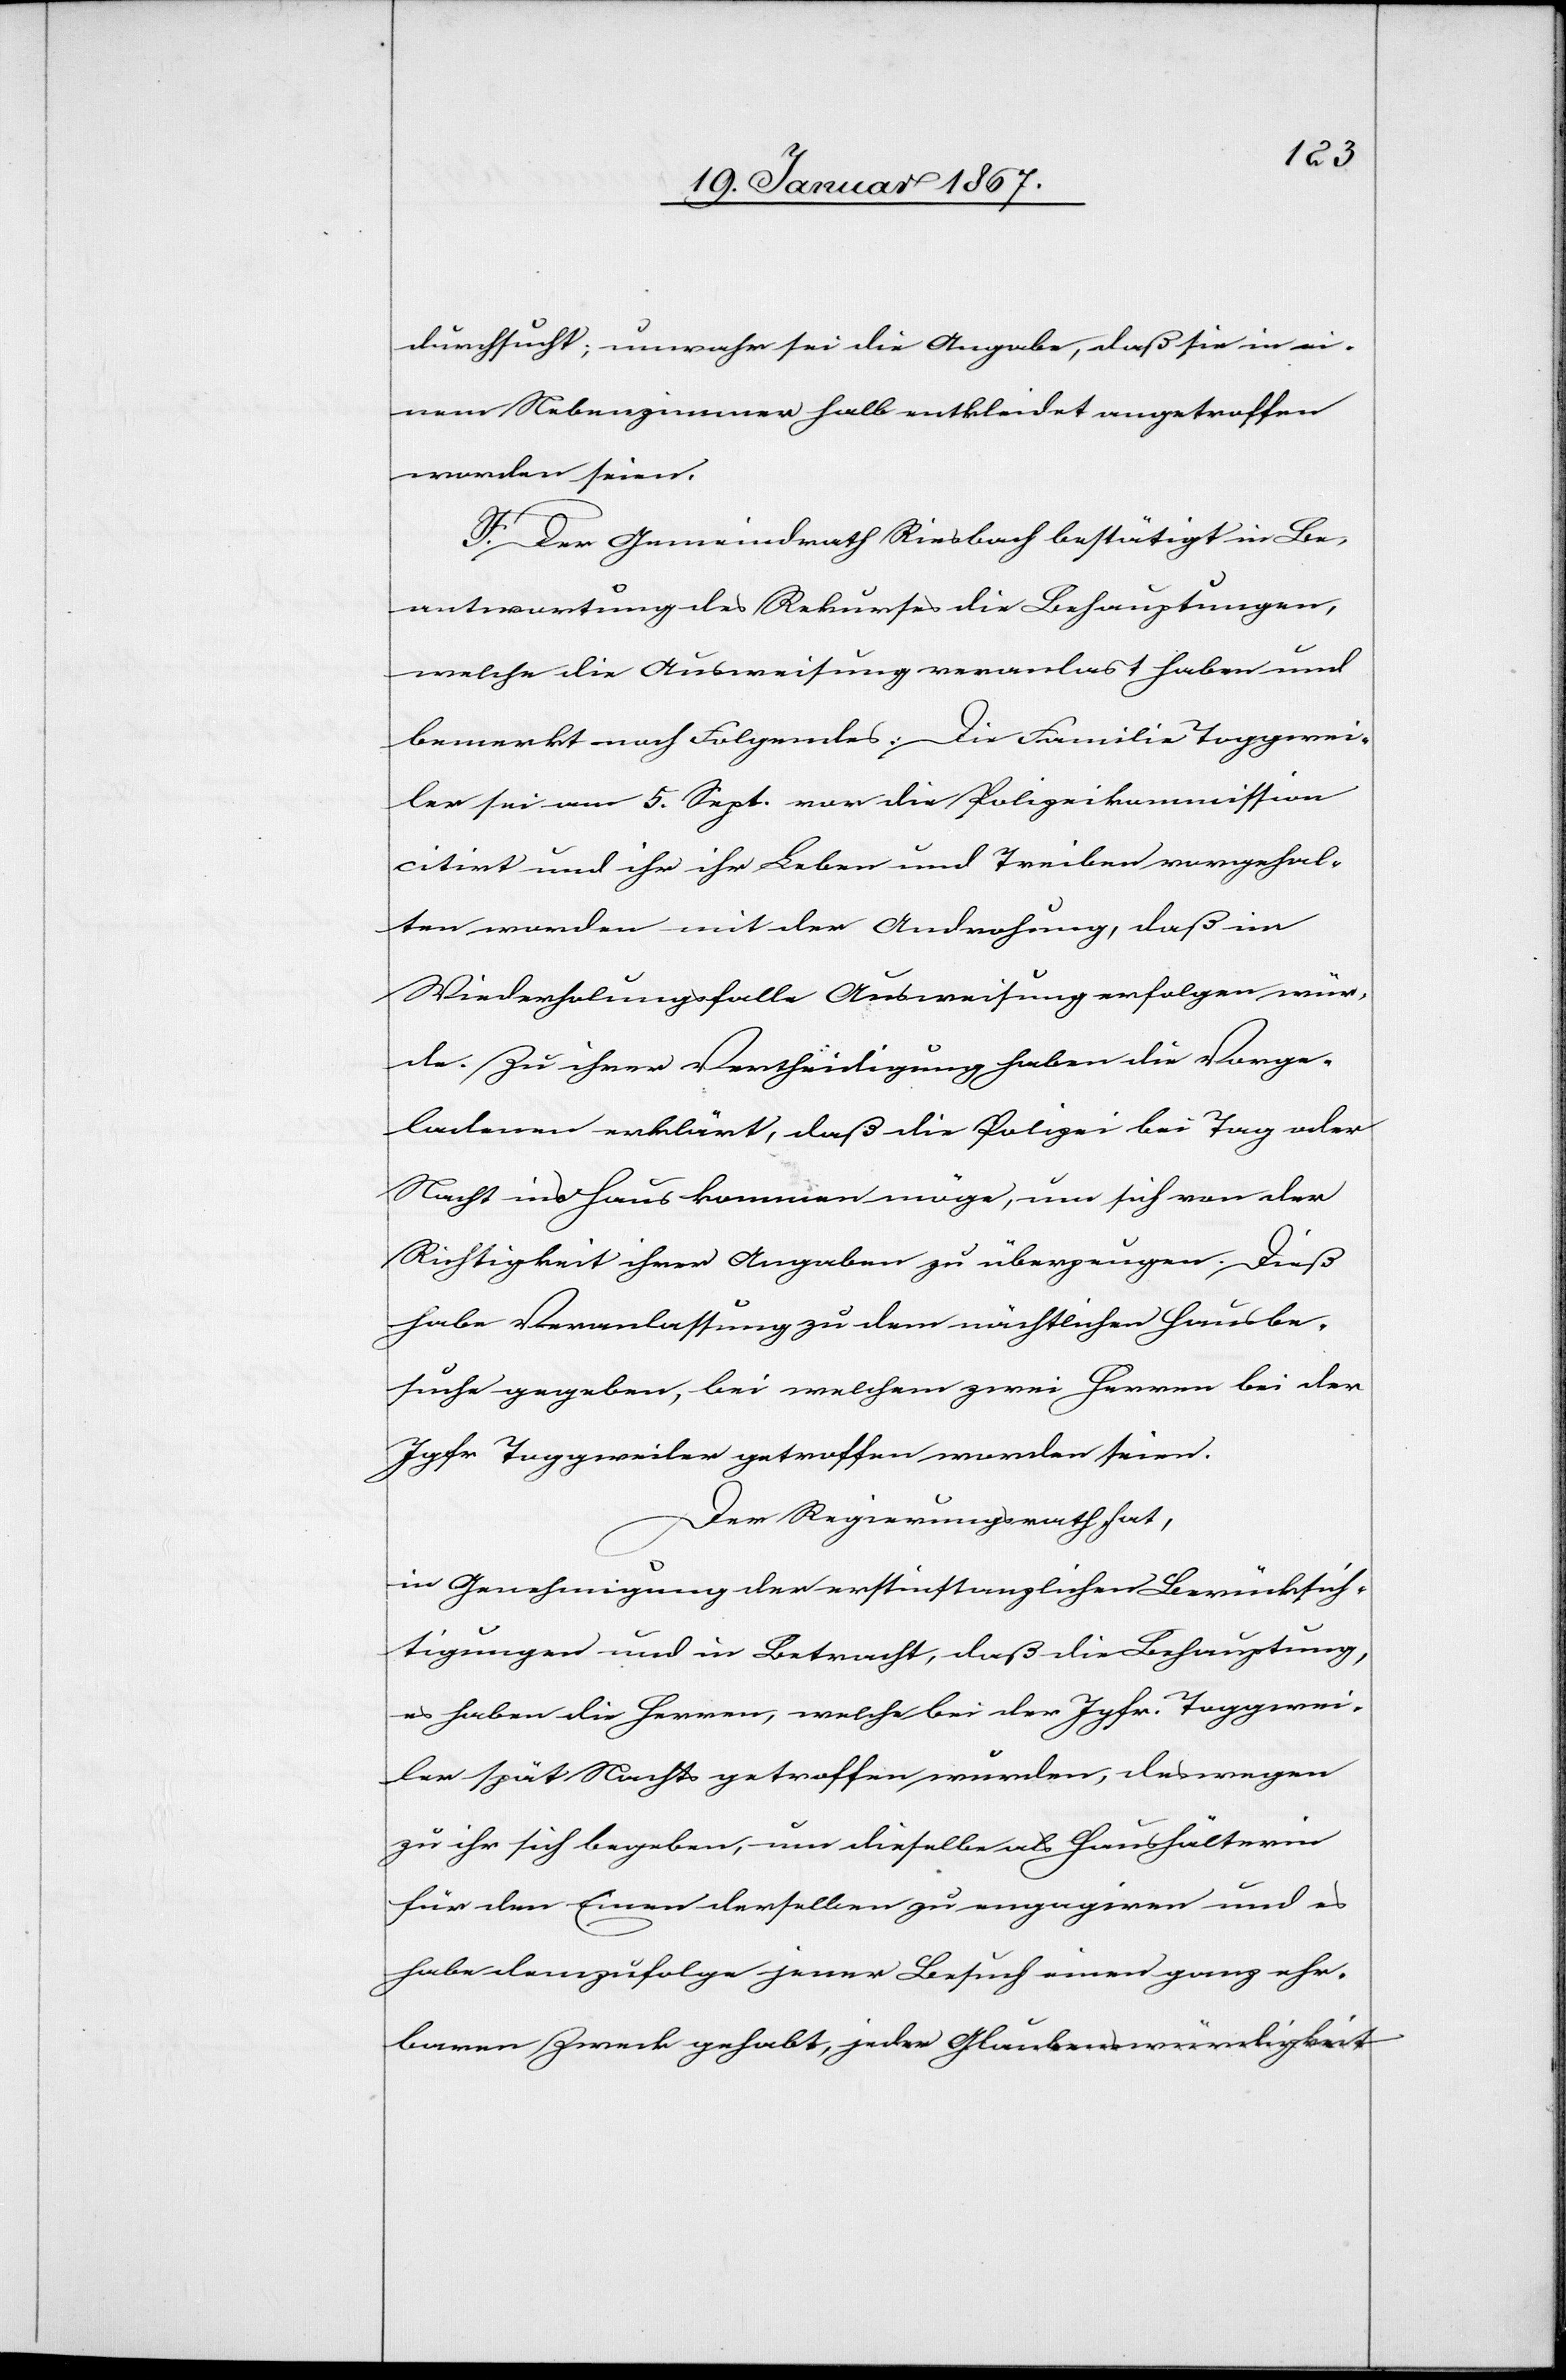
durchsucht; unwahr sei die Angabe, daß sie in ei¬
nem Nebenzimmer halb entkleidet angetroffen
worden seien.
F. Der Gemeindrath Riesbach bestätigt in Be¬
antwortung des Rekurses die Behauptungen,
welche die Ausweisung veranlast haben und
bemerkt noch Folgendes: Die Familie Toggwei¬
ler sei am 5. Sept. vor die Polizeikommission
citirt und ihr ihr Leben und Treiben vorgehal¬
ten worden mit der Androhung, daß im
Wiederholungsfalle Ausweisung erfolgen wür¬
de. Zu ihrer Vertheidigung haben die Vorge¬
ladenen erklärt, daß die Polizei bei Tag oder
Nacht ins Haus kommen möge, um sich von der
Richtigkeit ihrer Angaben zu überzeugen. Dieß
habe Veranlassung zu dem nächtlichen Hausbe¬
suche gegeben, bei welchem zwei Herren bei der
Jgfr Toggweiler getroffen worden seien.
Der Regierungsrath hat,
in Genehmigung der erstinstanzlichen Berücksich¬
tigungen und in Betracht, daß die Behauptung,
es haben die Herren, welche bei der Jgfr. Toggwei¬
ler spät Nachts getroffen wurden, deswegen
zu ihr sich begeben, um dieselbe als Haushälterin
für den Einen derselben zu engagiren und es
habe demzufolge jener Besuch einen ganz ehr¬
baren Zweck gehabt, jeder Glaubenswürdigkeit